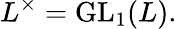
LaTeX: L^{\times}=\operatorname{GL}_{1}(L).